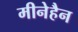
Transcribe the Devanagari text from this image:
मीनेहैन